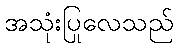
အသုံးပြုလေသည်